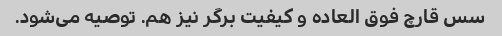
سس قارچ فوق العاده و کیفیت برگر نیز هم. توصیه می‌شود.